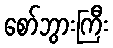
စော်ဘွားကြီး